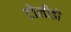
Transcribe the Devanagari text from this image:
टोलीडो